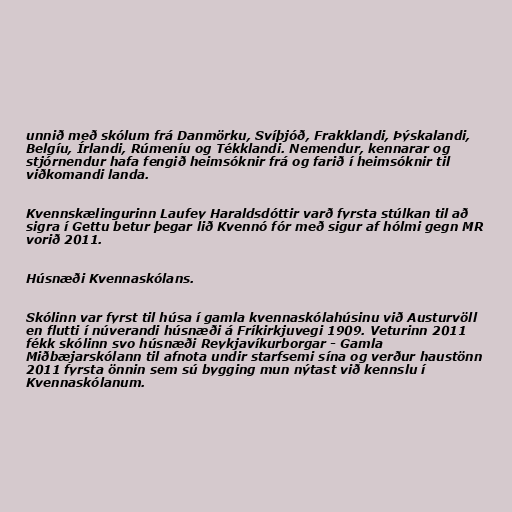
unnið með skólum frá Danmörku, Svíþjóð, Frakklandi, Þýskalandi,
Belgíu, Írlandi, Rúmeníu og Tékklandi. Nemendur, kennarar og
stjórnendur hafa fengið heimsóknir frá og farið í heimsóknir til
viðkomandi landa.

Kvennskælingurinn Laufey Haraldsdóttir varð fyrsta stúlkan til að
sigra í Gettu betur þegar lið Kvennó fór með sigur af hólmi gegn MR
vorið 2011.

Húsnæði Kvennaskólans.

Skólinn var fyrst til húsa í gamla kvennaskólahúsinu við Austurvöll
en flutti í núverandi húsnæði á Fríkirkjuvegi 1909. Veturinn 2011
fékk skólinn svo húsnæði Reykjavíkurborgar - Gamla
Miðbæjarskólann til afnota undir starfsemi sína og verður haustönn
2011 fyrsta önnin sem sú bygging mun nýtast við kennslu í
Kvennaskólanum.